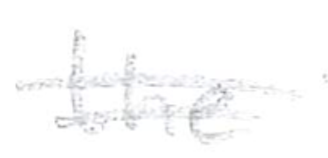
Text: the
Cross-out: double-line
Writing tool: pencil